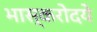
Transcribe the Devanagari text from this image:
भास्करोदये